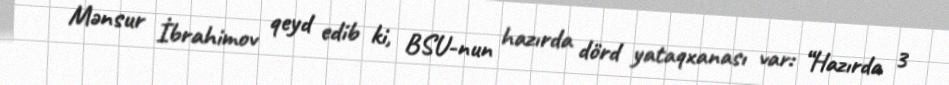
Mənsur İbrahimov qeyd edib ki, BSU-nun hazırda dörd yataqxanası var: “Hazırda 3